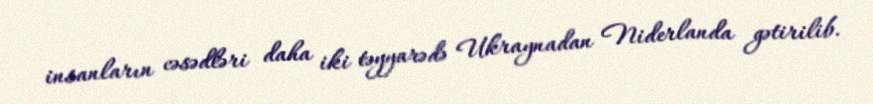
insanların cəsədləri daha iki təyyarədə Ukraynadan Niderlanda gətirilib.